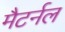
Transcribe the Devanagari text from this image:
मैटर्नल